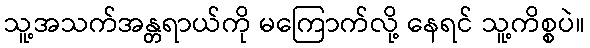
သူ့အသက်အန္တရာယ်ကို မကြောက်လို့ နေရင် သူ့ကိစ္စပဲ။